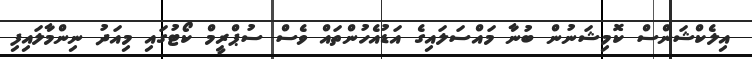
އިލެކްޝަންސް ކޮމިޝަނުން ބުނާ މައްސަލައިގެ އަޑުއެހުންތައް ވެސް ސުޕްރީމް ކޯޓުގައި މިއަދު ނިންމާލައިފި